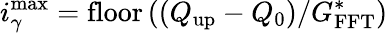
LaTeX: i_{\gamma}^{\operatorname*{max}}=\mathrm{floor}\left(\left(Q_{\mathrm{up}}-Q_{0}\right)/G_{\mathrm{FFT}}^{*}\right)